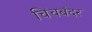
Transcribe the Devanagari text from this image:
चिंचबंदर